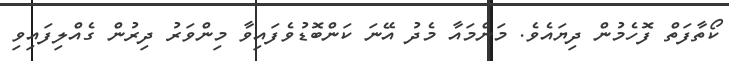
ކޯތާފަތް ފޮހެމުން ދިޔައެވެ. މަންމައާ މެދު އޭނަ ކަންބޮޑުވެފައިވާ މިންވަރު ދިރުން ގެއްލިފައިވި